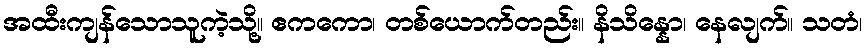
အထီးကျန်သောသူကဲ့သို့။ ဧကကော၊ တစ်ယောက်တည်း။ နိသိန္နော၊ နေလျက်။ သတံ၊